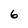
Character: 6